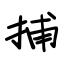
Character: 捕